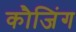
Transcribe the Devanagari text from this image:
कौजिंग